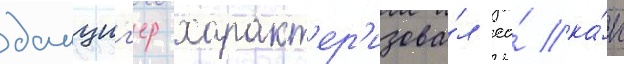
данциг'ер характ'ер'изова́л ео́ ка́к